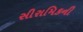
સીરામિકની